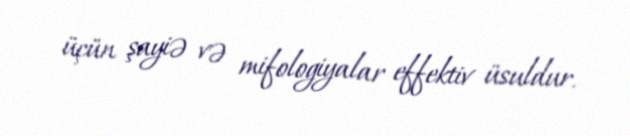
üçün şayiə və mifologiyalar effektiv üsuldur.